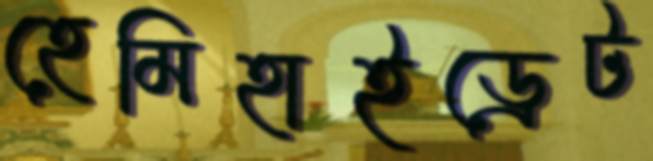
হেমিহাইড্রেট